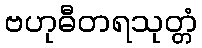
ဗဟုဓီတရသုတ္တံ